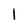
Character: 1